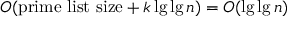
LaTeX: O ( { \mathrm { p r i m e ~ l i s t ~ s i z e } } + k \lg \lg n ) = O ( \lg \lg n )